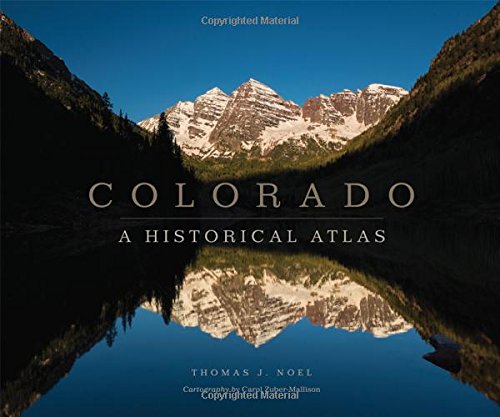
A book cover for Colorado: A Historical Atlas; Thomas J. Noel; History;